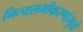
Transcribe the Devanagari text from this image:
नित्यसमीकरणांमुळे